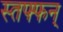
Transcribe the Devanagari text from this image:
स्तफ्फन्